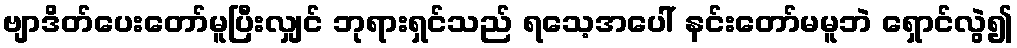
ဗျာဒိတ်ပေးတော်မူပြီးလျှင် ဘုရားရှင်သည် ရသေ့အပေါ် နင်းတော်မမူဘဲ ရှောင်လွဲ၍